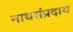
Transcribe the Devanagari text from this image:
नाथसंप्रदाय